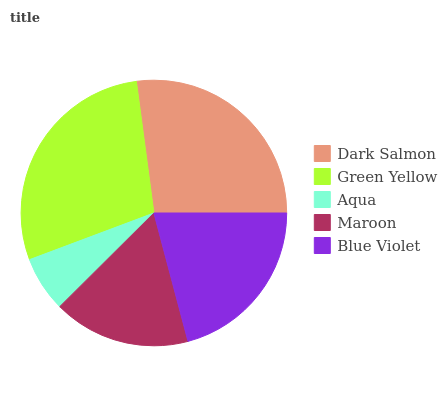
| Dark Salmon | Green Yellow | Aqua | Maroon | Blue Violet |
 | --- | --- | --- | --- | --- |
 | 27.1% | 28.6% | 6.75% | 16.7% | 20.8% |